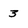
Character: 3